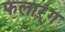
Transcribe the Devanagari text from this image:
फलार्ंग